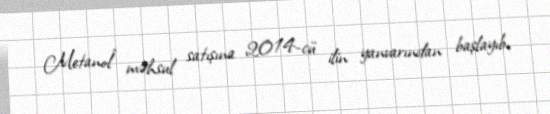
Metanol” məhsul satışına 2014-cü ilin yanvarından başlayıb.